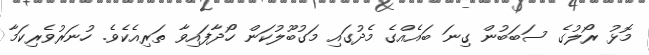
މޮޅު ރޯލުގެ ސަބަބުން ގިނަ ބައެއްގެ މެދުގައި މަގުބޫލުކަން ހޯދާފައިވާ ތަރިއެކެވެ. ހުނަރުވެރިކަމާ